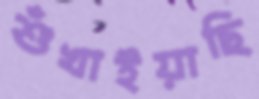
শুঁখাইয়াছি